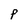
Character: F